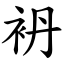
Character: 袇